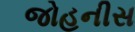
જોહનીસ